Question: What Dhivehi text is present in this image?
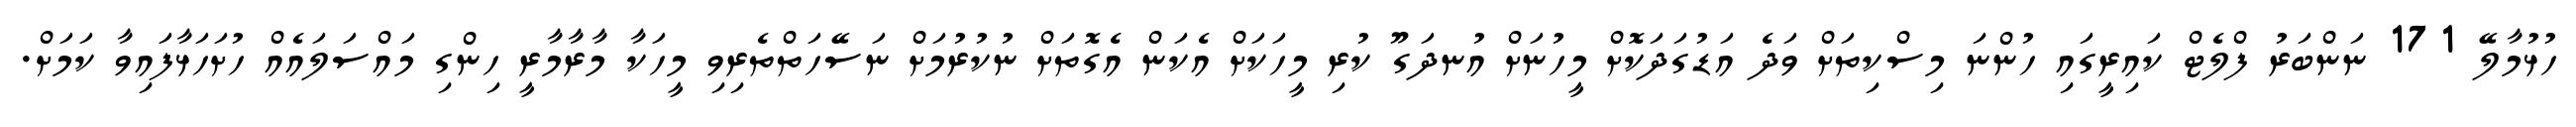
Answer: ހުޅުމާލޭ 171 ނަންބަރު ފްލެޓް ކައިރީގައި ހުންނަ މިސްކިތަށް ވަދެ އަޑުގަދަކޮށް މީހުނަށް އުނދަގޫ ކުރި މީހަކަށް އެކަން އެގޮތަށް ނުކުރުމަށް ނަސޭހަތްތެރިވި މީހަކާ މާރާމާރީ ހިންގި މައްސަލައެއް ހުށަހަޅާފައިވާ ކަމަށް.